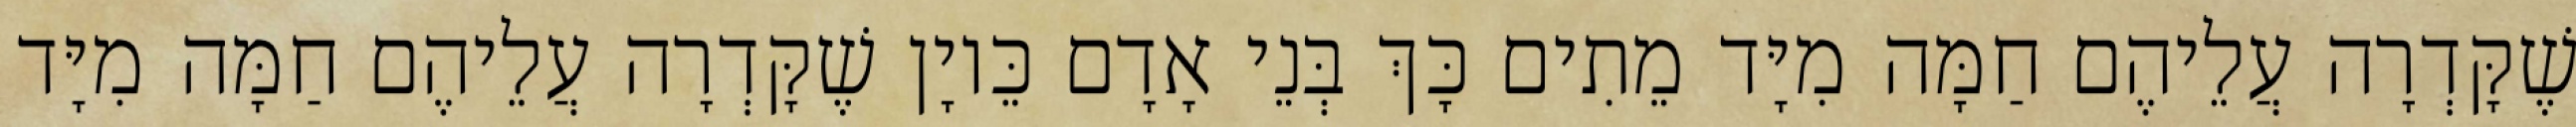
שֶׁקָּדְרָה עֲלֵיהֶם חַמָּה מִיָּד מֵתִים כָּךְ בְּנֵי אָדָם כֵּיוָן שֶׁקָּדְרָה עֲלֵיהֶם חַמָּה מִיָּד